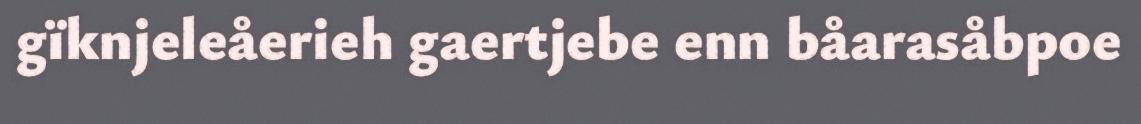
gïknjeleåerieh gaertjebe enn båarasåbpoe